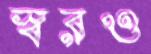
স্বরও